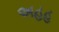
અહહ